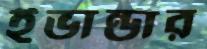
ইভান্ডার